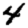
Digit: 4